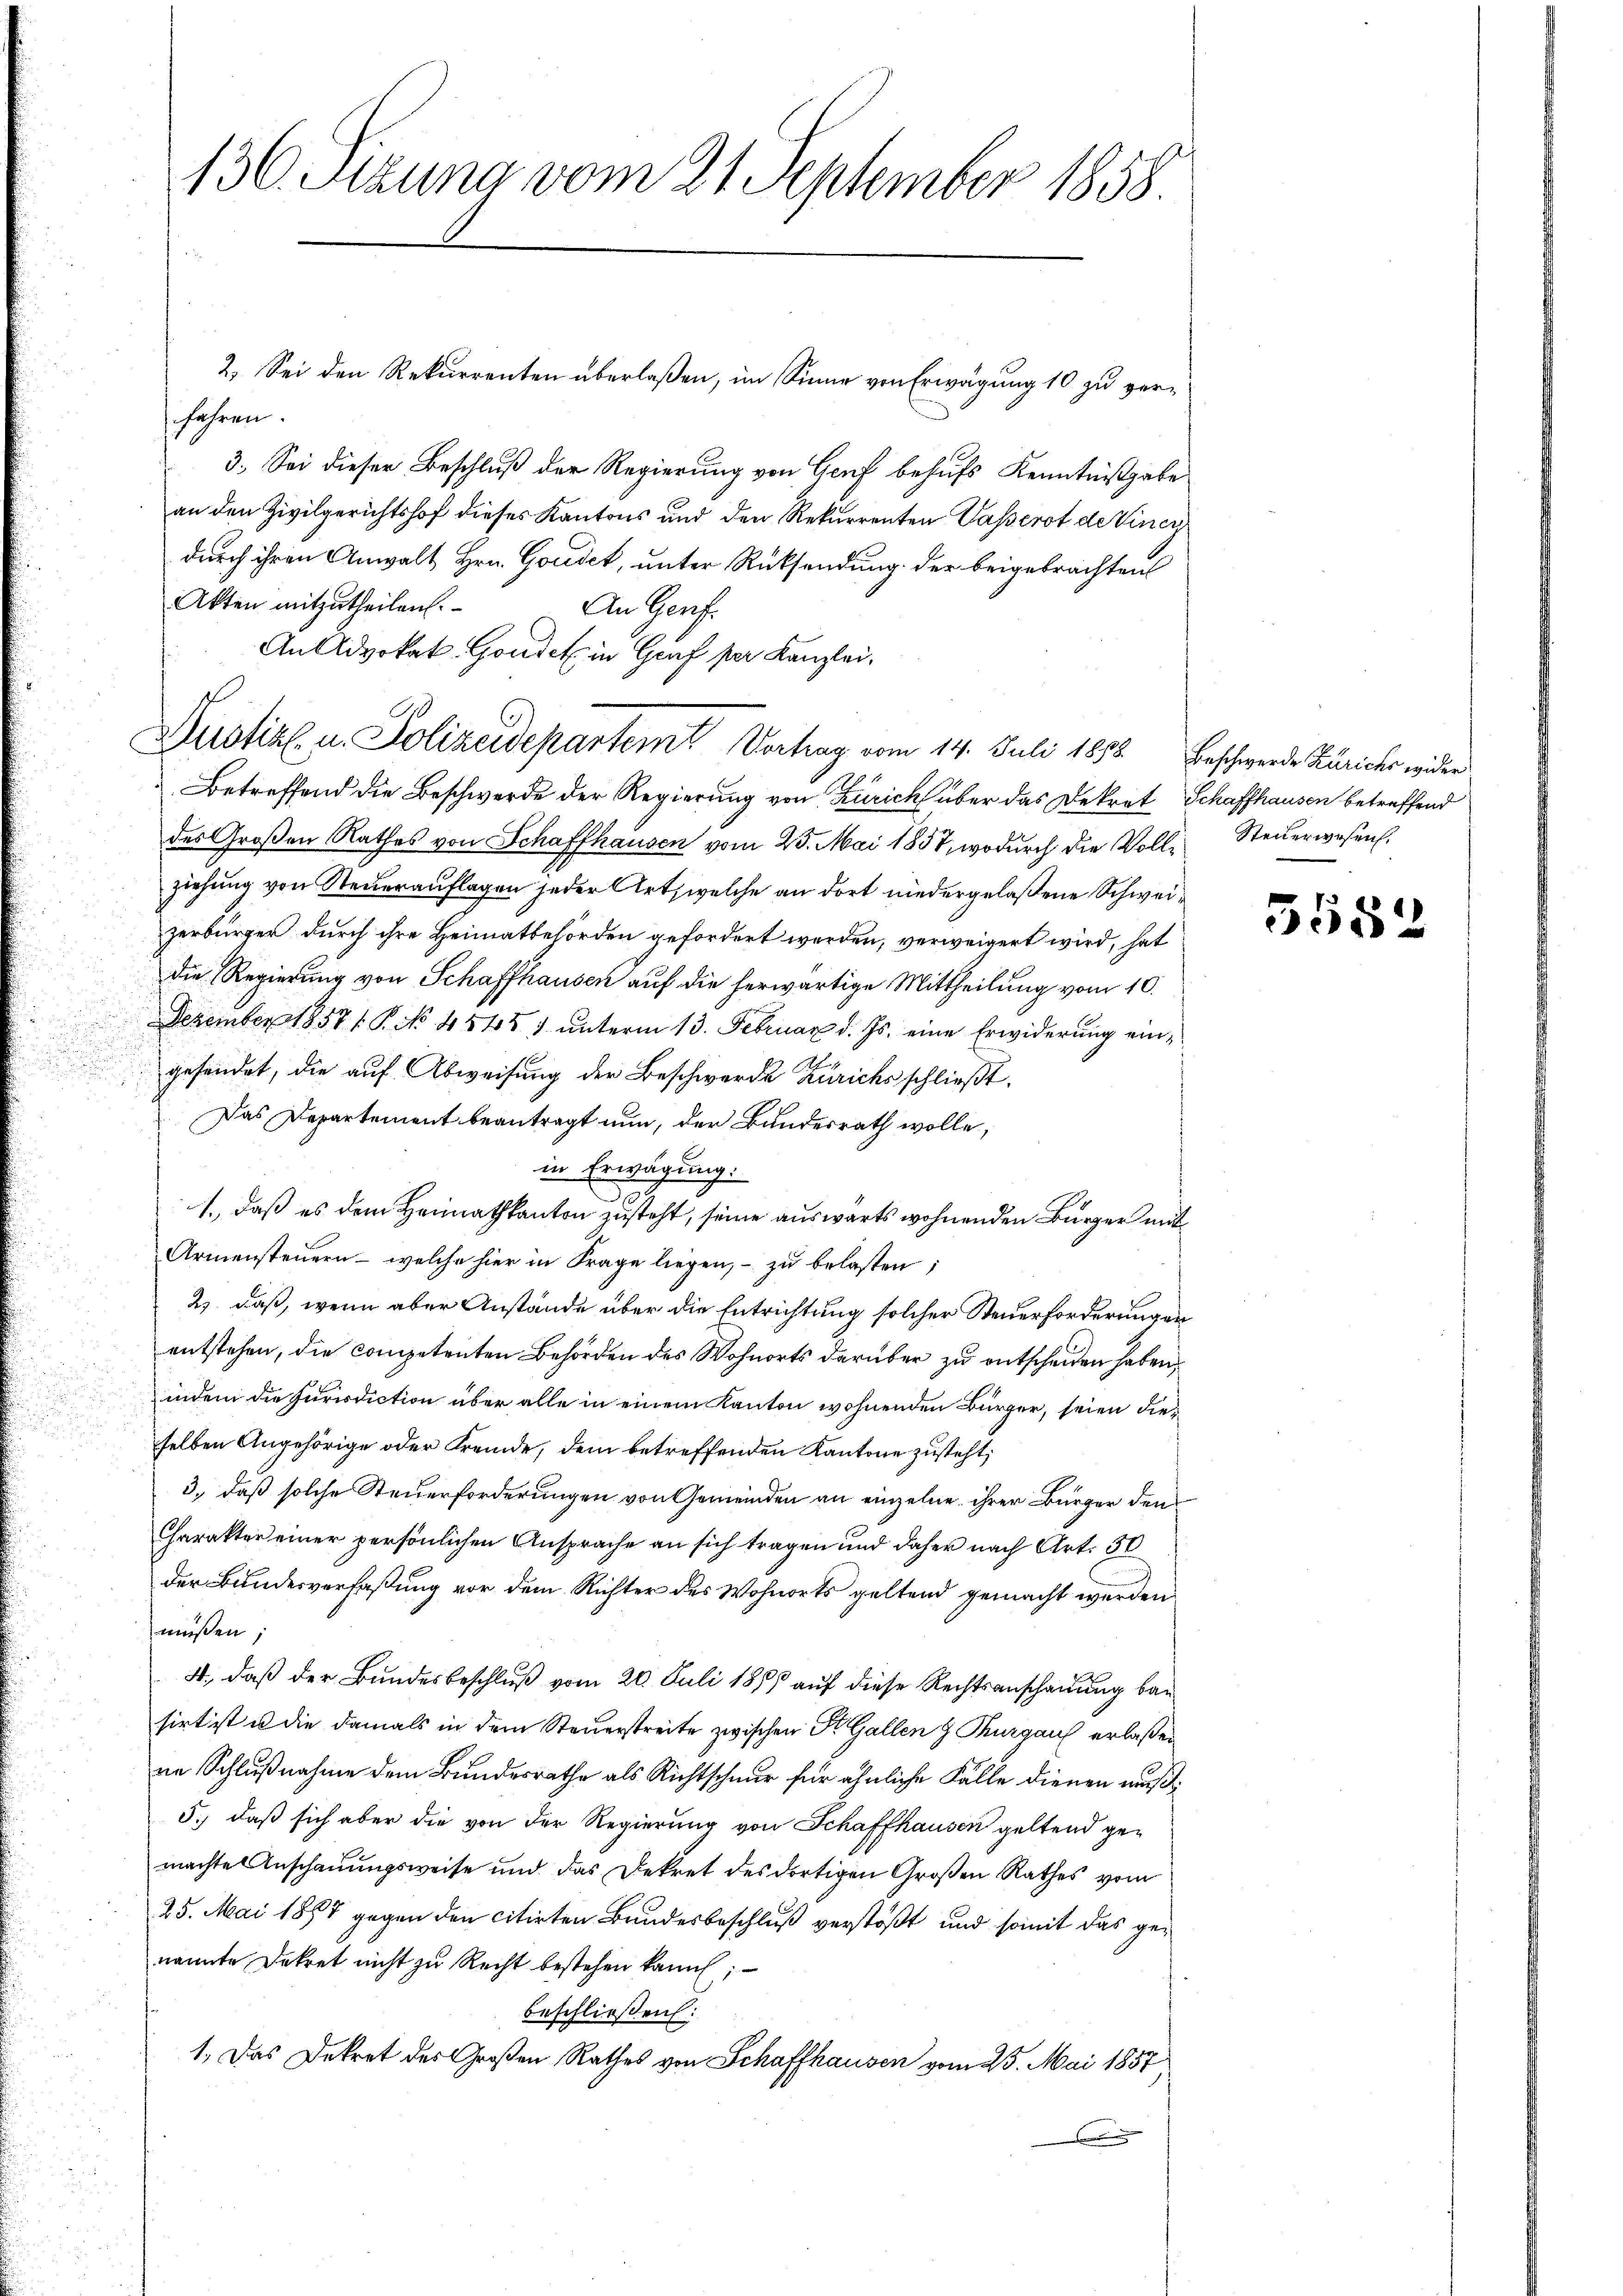
136. Pezuna vom 21. September 1858.

fahren.
3. Sei dieser Beschluß der Regierung von Genf behufs Kenntnißgabe
an den Zivilgerichtshof dieses Kantons und den Rekurrenten Wasserot de Vincz
durch ihren Anwalt Hrn. Gondet, unter Rücksendung der beigebrachten
Akten mitzutheilen.
An Genf.
An Advokat-Gonder in Graf per Kanzlei.
Justiz u. Polizeidepartemt Vortrag vom 14. Juli 1878. Beschwerde Zürichs wider
Betreffend die Beschwerde der Regierung von Zürich über das Dekret Schaffhausen betreffend
des Großen Rathes von Schaffhausen vom 25. Mai 1857, wodurch die Voll-Steuerwesen.
ziehung von Steuerauflagen jeder Art, welche an dort niedergelaßene Schweizerbürger durch ihre Heimatbehörden gefordert werden, verweigert wird, hat
die Regierung von Schaffhausen auf die herwärtige Mittheilung vom 10.
Dezember 1857/ P. No. 4545) unterm 13. Februar d. Js. eine Erwiderung eine
gefindet, die auf Abweisung der Beschwerde Zürichs schließt:
Das Departement beantragt nun, der Bundesrath wolle,
in Erwägung.
1., daß es dem Heimathkanton zusteht, seine auswärts wohnenden Bürger mit
Armensteuern - welche hier in Frage liegen, – zu belasten;
2) daß, wenn aber Anstände über die Entrichtung solcher Steuerforderungen
entstehen, die competenten Behörden des Wohnorts darüber zu entscheiden haben,
indem die Jurisdiction über alle in einem Kanton wohnenden Bürger, seien dieselben Angehörige oder Fremde, dem betreffenden Kantone zusteht;
3., daß solche Steuerforderungen von Gemeinden an einzelne ihrer Bürger den
Charakter einer persönlichen Ansprache an sich tragen und daher nach Art. 50
der Bundesverfaßung vor dem Richter des Wohnorts geltend gemacht werden
müßen;
4., daß der Bundesbeschluß vom 20. Juli 1856 auf diese Rechtsanschauung bausirt ist u die damals in dem Steuerstreite zwischen Dr. Gallen z. Thurgau erlaßen
ne Schlußnahme dem Bundesrathe als Richtschnur für ähnliche Fälle dienen muß
5., daß sich aber die von der Regierung von Schaffhausen geltend gemachte Anschauungsweise und das Dekret des dortigen Großen Rathes vom
25. Mai 1864 gegen den citirten Bundesbeschluß verstößt und somit das genannte Dekret nicht zu Recht bestehen kann;
beschließen:
1. Das Dekret des Großen Rathes von Schaffhausen vom 25. Mai 1857

2. Sei den Rekurrenten überlaßen, im Sinne von Erwägung 10 zu ver¬

5552